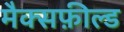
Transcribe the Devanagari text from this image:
मैक्सफ़ील्ड